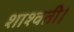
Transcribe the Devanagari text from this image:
शाश्वती।